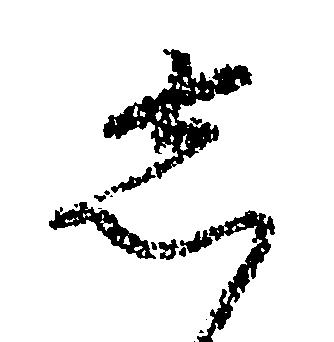
し